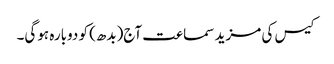
کیس کی مزید سماعت آج(بدھ) کو دوبارہ ہوگی۔